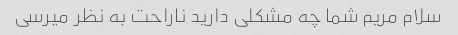
سلام مریم شما چه مشکلی دارید ناراحت به نظر میرسی